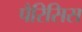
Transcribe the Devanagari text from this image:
पैरिसिस